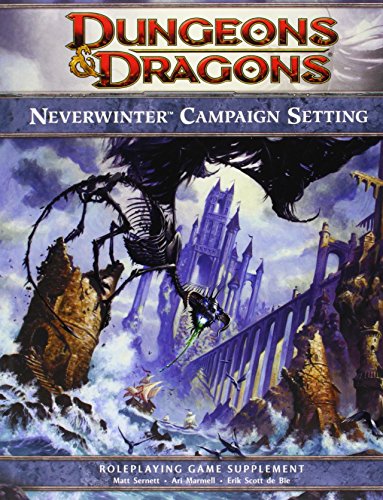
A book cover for Neverwinter Campaign Setting: A 4th edition Dungeons & Dragons Supplement (4th Edition D&D); Matt Sernett; Science Fiction & Fantasy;